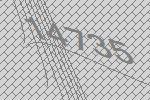
14735